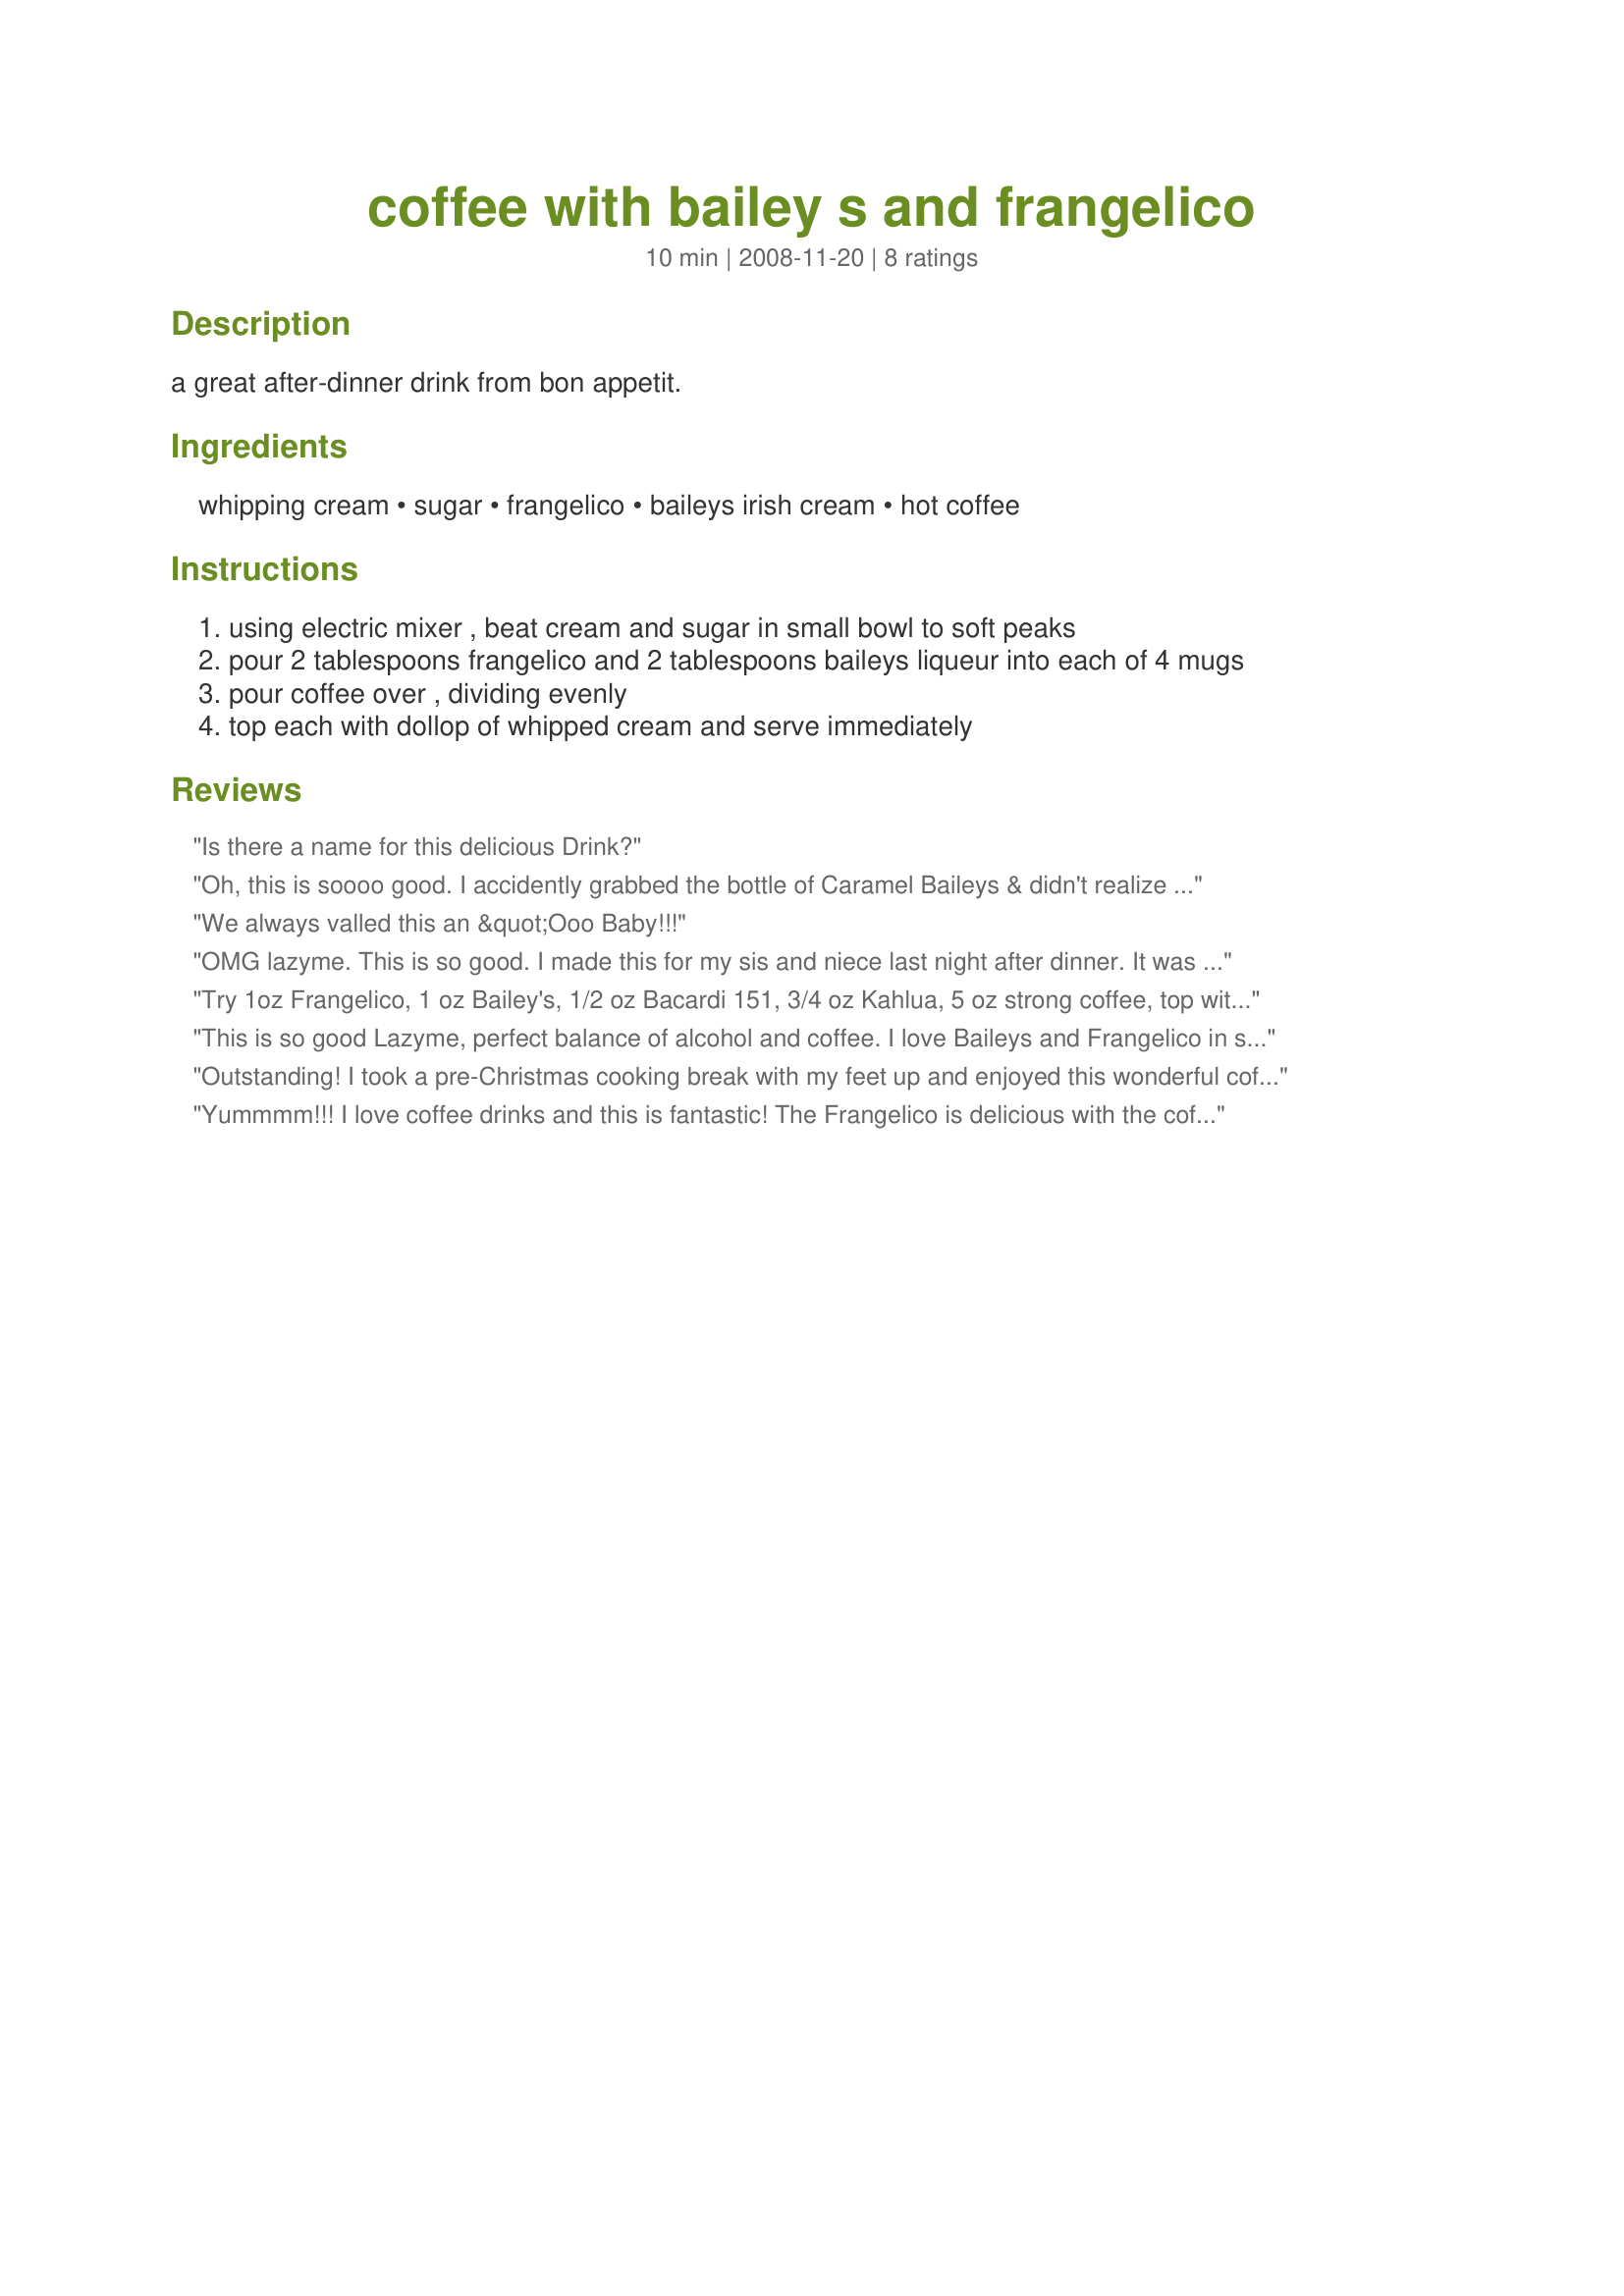
coffee with bailey s and frangelico
Preparation time: 10 minutes

a great after-dinner drink from bon appetit.

Ingredients:
whipping cream, sugar, frangelico, baileys irish cream, hot coffee

Steps:
using electric mixer , beat cream and sugar in small bowl to soft peaks
pour 2 tablespoons frangelico and 2 tablespoons baileys liqueur into each of 4 mugs
pour coffee over , dividing evenly
top each with dollop of whipped cream and serve immediately

Reviews:
Is there a name for this delicious Drink?
Oh, this is soooo good. I accidently grabbed the bottle of Caramel Baileys & didn't realize it until I put the bottle away. I followed another reviewers suggestion & trimmed the amount of Baileys & Frangelico for a single cup but I might have to made a 2nd. I'll definitely be making this again, thanks for posting. Made & enjoyed for Comfort Cafe
We always valled this an &quot;Ooo Baby!!!
OMG lazyme. This is so good. I made this for my sis and niece last night after dinner. It was so nice outside, we took these to the patio and shared a wonderful evening. Thanks. Made for your cook-a-thon :)
Try 1oz Frangelico, 1 oz Bailey's, 1/2 oz Bacardi 151, 3/4 oz Kahlua, 5 oz strong coffee, top with whipped cream and a splash of Grand Marinier. (More or less coffee preference).
This is so good Lazyme, perfect balance of alcohol and coffee. I love Baileys and Frangelico in strong coffee...so this was perfect for me...you could say...it was tailor made. Rich, creamy and oh so flavorful, simply decadent. Thanks so much for sharing, I will be making this again soon.
Outstanding! I took a pre-Christmas cooking break with my feet up and enjoyed this wonderful coffee. I trimmed the Baileys and Frangelico back to 3/4 ounce each (I made a single cup) and I prefer the flavors of the liqueur's in the background. That and I still have cookies and "stuff" to make today. Even the aroma of this coffee is a delight and it lives up to it's promise. I wish I had a fireplace and time to read my current book with this cup of warmth and yumminess. Made for Santa's Secret in Photo Tag.
Yummmm!!! I love coffee drinks and this is fantastic! The Frangelico is delicious with the coffee. I will make this a lot! Thanks lazyme!
